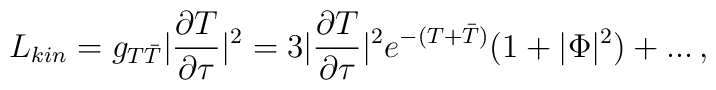
L_{kin} = g_{T \bar{T}} |\frac{\partial T}{\partial \tau}|^2 = 3 |\frac{\partial T}{\partial \tau}|^2 e^{-(T + \bar{T})} (1+|\Phi|^2) + ... \, ,